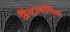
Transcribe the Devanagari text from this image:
हिस्ट्राथमिक